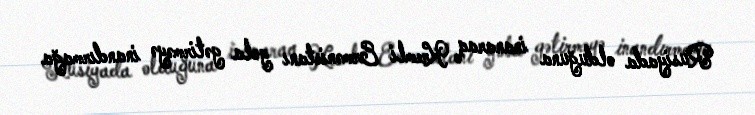
Rusiyada olduğuna inanaraq Kremli Ermənistanı yola gətirməyə inandırmağa